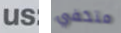
us متخفي